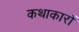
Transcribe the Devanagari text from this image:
कथाकारों